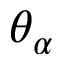
\theta _ { \alpha }